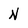
Character: N